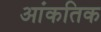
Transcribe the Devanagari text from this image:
आंकतिक